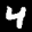
Label: 4